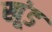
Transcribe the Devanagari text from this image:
खूंड